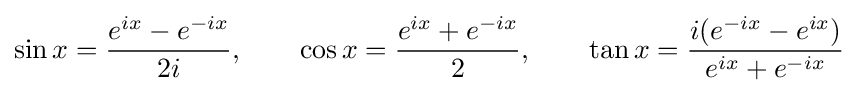
\sin x={\frac {e^{ix}-e^{-ix}}{2i}},\qquad \cos x={\frac {e^{ix}+e^{-ix}}{2}},\qquad \tan x={\frac {i(e^{-ix}-e^{ix})}{e^{ix}+e^{-ix}}}